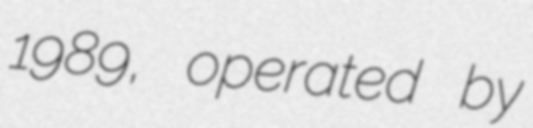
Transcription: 1989, operated by